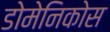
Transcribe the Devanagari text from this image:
डोमेनिकोस